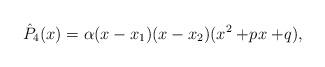
LaTeX: \begin{align*}\hat{P}_4(x)=\alpha(x- x_1)(x- x_2)(x^2+\!p x+\!q),\end{align*}